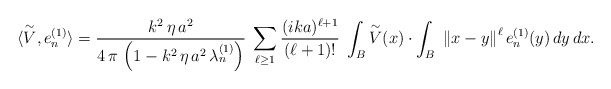
\begin{align*}\langle \overset{\sim}{V}, e_{n}^{(1)} \rangle = \frac{k^{2} \, \eta \, a^{2}}{4 \, \pi \, \left( 1 - k^{2} \, \eta \, a^{2} \, \lambda_{n}^{(1)} \right)} \; \sum_{\ell \geq 1} \frac{(ika)^{\ell+1}}{(\ell+1)!} \; \int_{B} \overset{\sim}{V}(x) \cdot \int_{B} \; \left\Vert x - y \right\Vert^{\ell} e_{n}^{(1)}(y) \, dy \, dx.\end{align*}